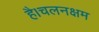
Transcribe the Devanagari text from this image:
है।चलनक्षम